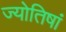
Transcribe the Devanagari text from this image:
ज्योतिषां